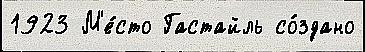
1923 М'е́сто Гастайль со́здано